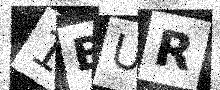
Text: 1BUR